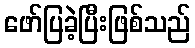
ဖော်ပြခဲ့ပြီးဖြစ်သည်